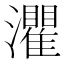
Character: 灈